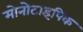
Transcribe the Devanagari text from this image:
मोनोटाइपिक